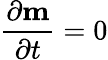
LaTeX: \frac{{\partial}{\mathbf{m}}}{{\partial}t}=0